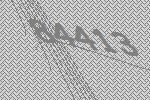
84413